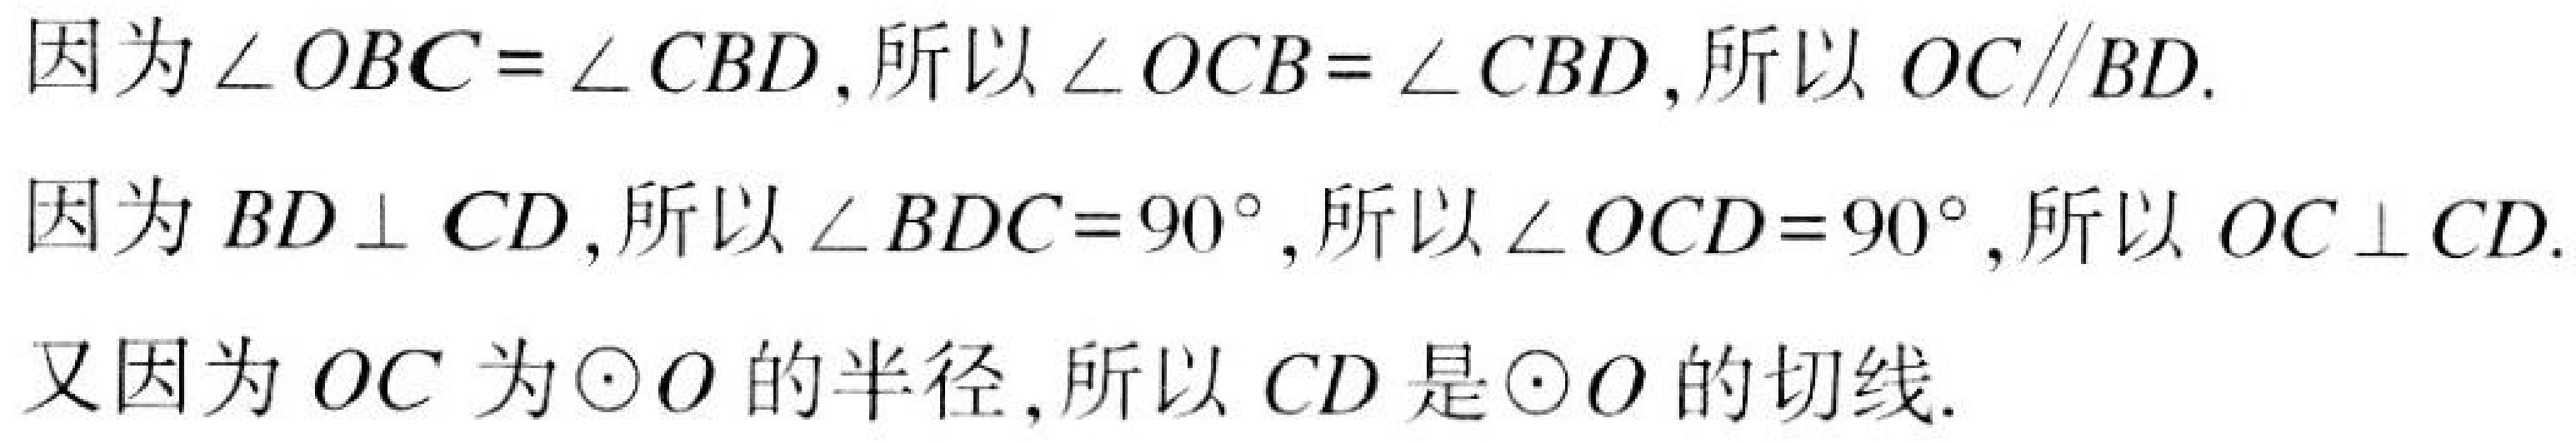
因为$\angle OBC = \angle CBD$,所以$\angle OCB = \angle CBD$,所以$OC\parallel BD$.
因为$BD\perp CD$,所以$\angle BDC = 90^{\circ}$,所以$\angle OCD = 90^{\circ}$,所以$OC\perp CD$.
又因为$OC$为$\odot O$的半径,所以$CD$是$\odot O$的切线.